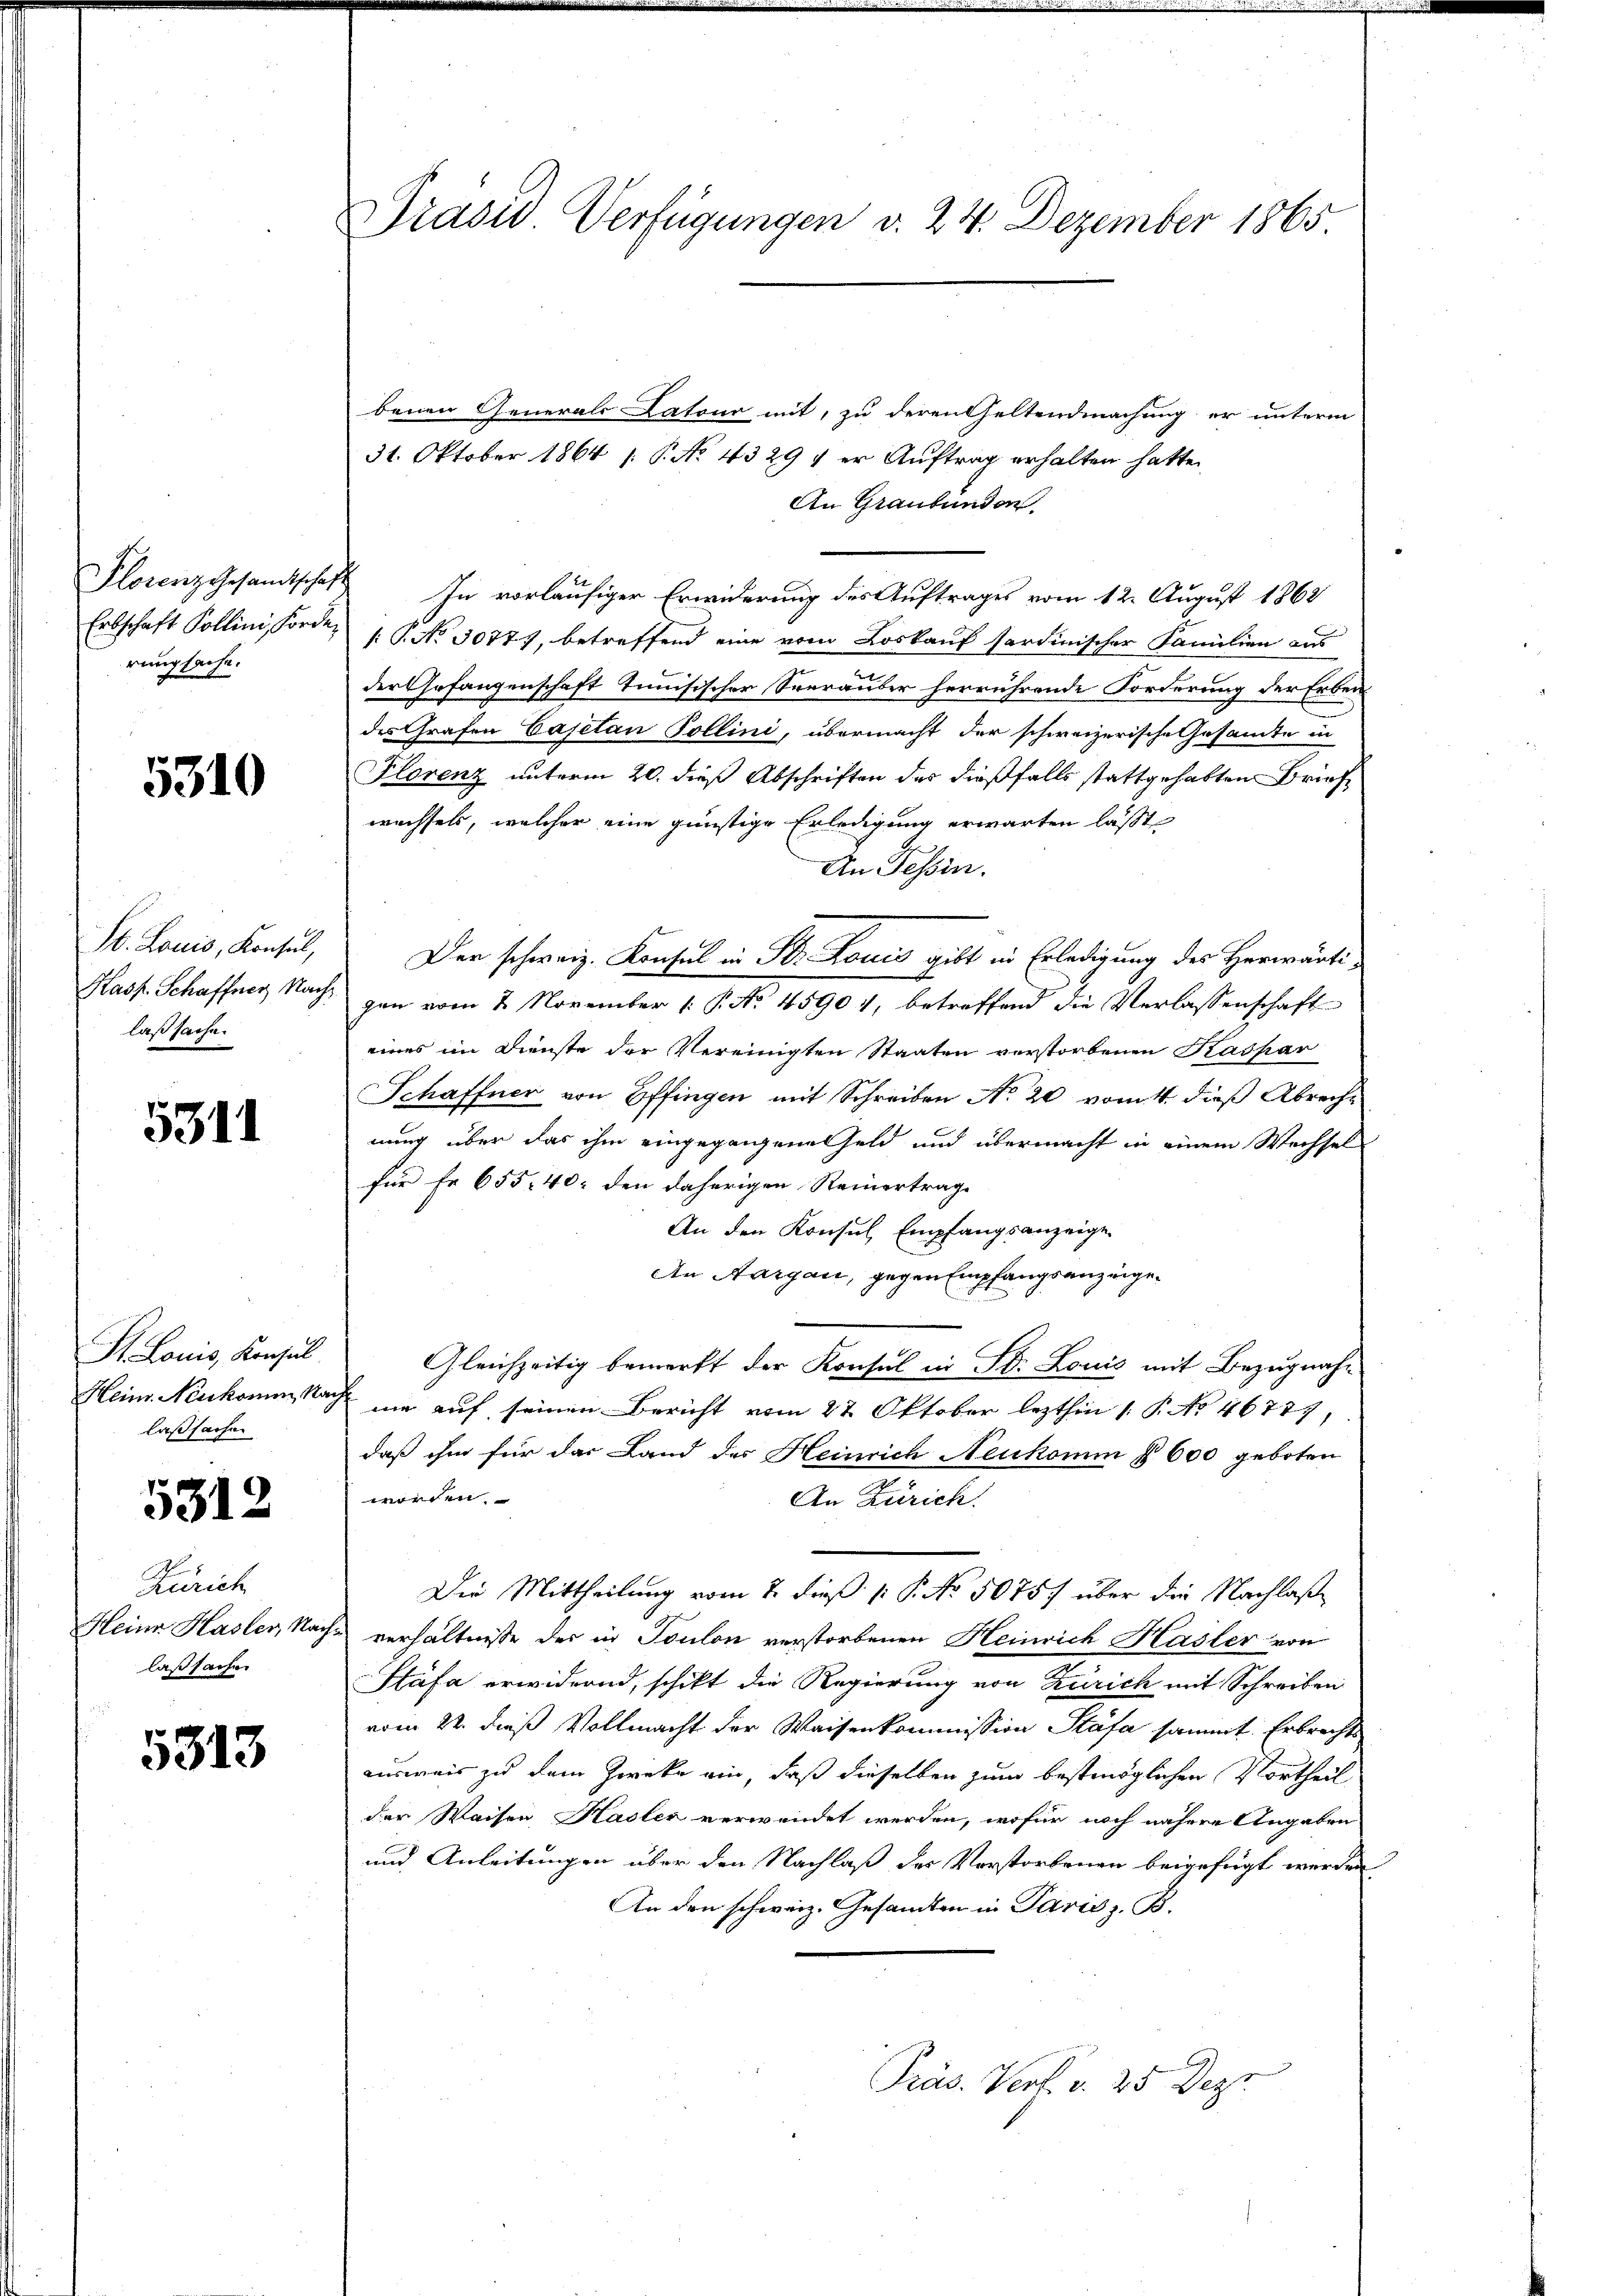
Plosenzgesamtschaf
Erbschaft Pollini, Forde
rungsache.

5310

St. Louis, Konsul,
Kasp. Schaffner Nachlaßsache.

5311

St. Louis, Konsul
Heinr. Neukomm Nach
laßsachen

5312

Zürich
Heine Hasler, Nac
laßsachen

5313

Präsid. Verfügungen v. 24. Dezember 1865

benen Generals Latour mit, zu deren Geltendmachung er unterm
31. Oktober 1864 /. P. No 4329 f er Auftrag erhalten hatte.
An Grautunden
In vorläufiger Erwiderung des Auftrages vom 12. August 1868
/: P. No 3077), betreffend eine vom Loskauf sordinischer Familien aus
der Gefangenschaft tunisischer Seerauber herrührende Forderung der Erben
des Grafen Cajetan Pollini, übermacht der schweizerische Gesammte in
Florenz unterm 20. dieß Abschriften des dießfalls stattgehabten Briefwechsels, welcher eine günstige Erledigung erwarten lässt,
An Tessin.
Der schweiz. Konsul in Dr. Louis gibt in Erledigung des Herwärtigen vom 2. November 1 P. No. 45904, betreffend die Verlassenschaft
eines im Dienste der Vereinigten Staaten verstorbenen Kaspar
Schaffner von Effingen mit Schreiben No 20 vom 4. dieß Abrech
nung über das ihm eingegangene Geld und übermacht in einem Wechsel
für Fr. 655 40 den daherigen Reinertrage
An den Konsul Empfangsanzeige
An Aargau, gegen Empfangsanzeige¬
Gleichzeitig bemerkt der Konsul in St. Louis mit Bezugnahme auf seinen Bericht vom 27. Oktober lezthin (: P. No 4677
daß ihm für das Land des Heinrich Neukomm § 600 geboten
worden.
An Zürich.
Die Mittheilung vom 2. dieß p. P. No 5075. über die Nachlaße
verhältnisse der in Toulon verstorbenen Heinrich Hasler von
Stäfa erwidernd, schikt die Regierung von Zürich mit Schreiben
vom 22. dieß Vollmacht der Waisenkommission Stäfa sammt. Erbrechte
ausweis zu dem Zwecke ein, daß dieselben zum bestmöglichen Vortheil
der Waisen Hasler verwendet werden, wofür noch nähere Angaben
und Anleitungen über den Nachlaß des Vorstorbenen beigefügt werden
An den schweiz. Gesandten in Paris z. B.
Präs. Verf. v. 25 Deze